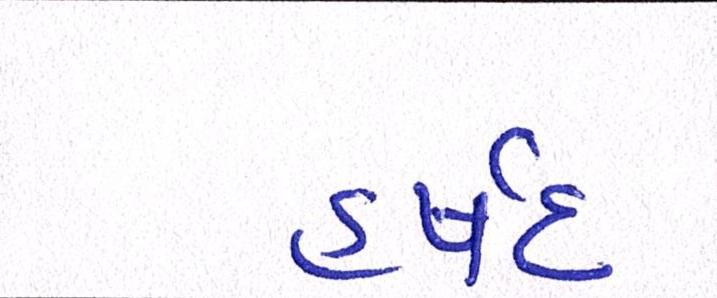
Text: હર્ષદ